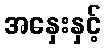
အနှေးနှင့်